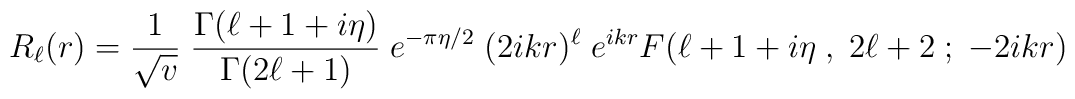
R_\ell (r) = {1\over \sqrt v} \; {\Gamma (\ell + 1+i\eta)\over \Gamma (2\ell +1)}\;e^{-\pi\eta/2} \; (2ikr)^\ell \; e^{ikr} F(\ell + 1+i\eta\;,\; 2\ell +2\; ;\; -2ikr)